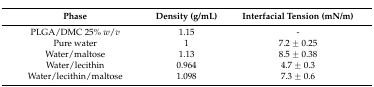
<table><thead><tr><td><b>Phase</b></td><td><b>Density (g/mL)</b></td><td><b>Interfacial Tension (mN/m)</b></td></tr></thead><tbody><tr><td>PLGA/DMC 25% <i>w</i>/<i>v</i></td><td>1.15</td><td>-</td></tr><tr><td>Pure water</td><td>1</td><td>7.2 ± 0.25</td></tr><tr><td>Water/maltose</td><td>1.13</td><td>8.5 ± 0.38</td></tr><tr><td>Water/lecithin</td><td>0.964</td><td>4.7 ± 0.3</td></tr><tr><td>Water/lecithin/maltose</td><td>1.098</td><td>7.3 ± 0.6</td></tr></tbody></table>